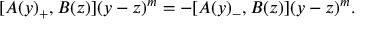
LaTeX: [ A ( y ) _ { + } , B ( z ) ] ( y - z ) ^ { m } = - [ A ( y ) _ { - } , B ( z ) ] ( y - z ) ^ { m } .